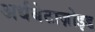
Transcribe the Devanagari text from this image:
अर्धबेटाज़ोइड